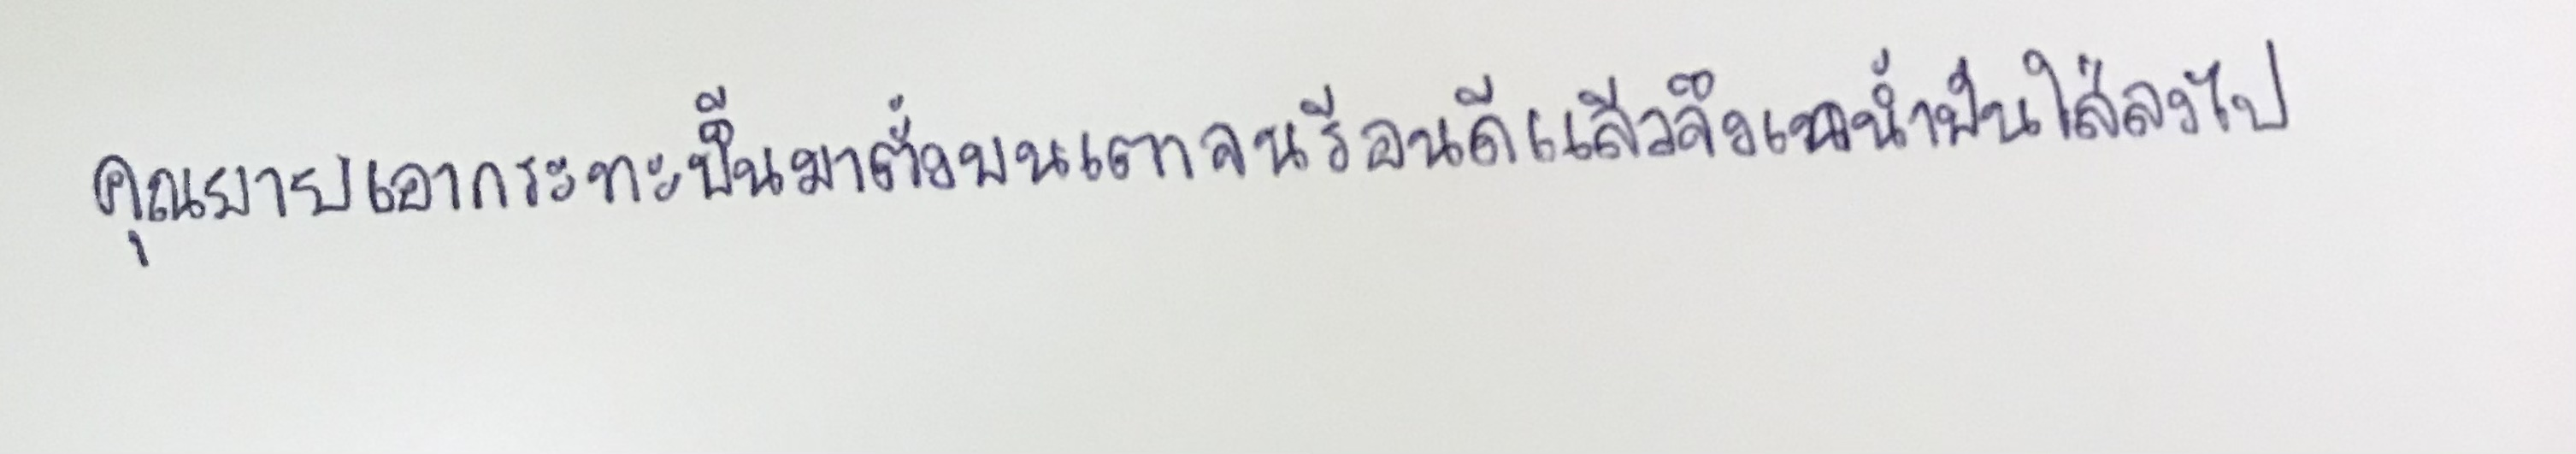
คุณยายเอากระทะขึ้นมาตั้งบนเตาจนร้อนดีแล้วจึงเทน้ำมันใส่ลงไป